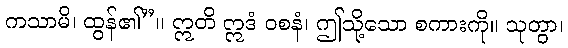
ကသာမိ၊ ထွန်၏”။ ဣတိ ဣဒံ ဝစနံ၊ ဤသို့သော စကားကို။ သုတွာ၊